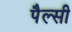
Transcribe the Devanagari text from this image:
पैल्सी